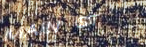
MAIN ST